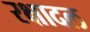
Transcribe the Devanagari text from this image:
रक्षादल